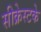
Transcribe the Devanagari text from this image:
सीक्रेस्टके